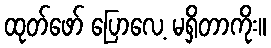
ထုတ်ဖော် ပြောလေ့ မရှိတာကိုး။